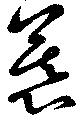
慕